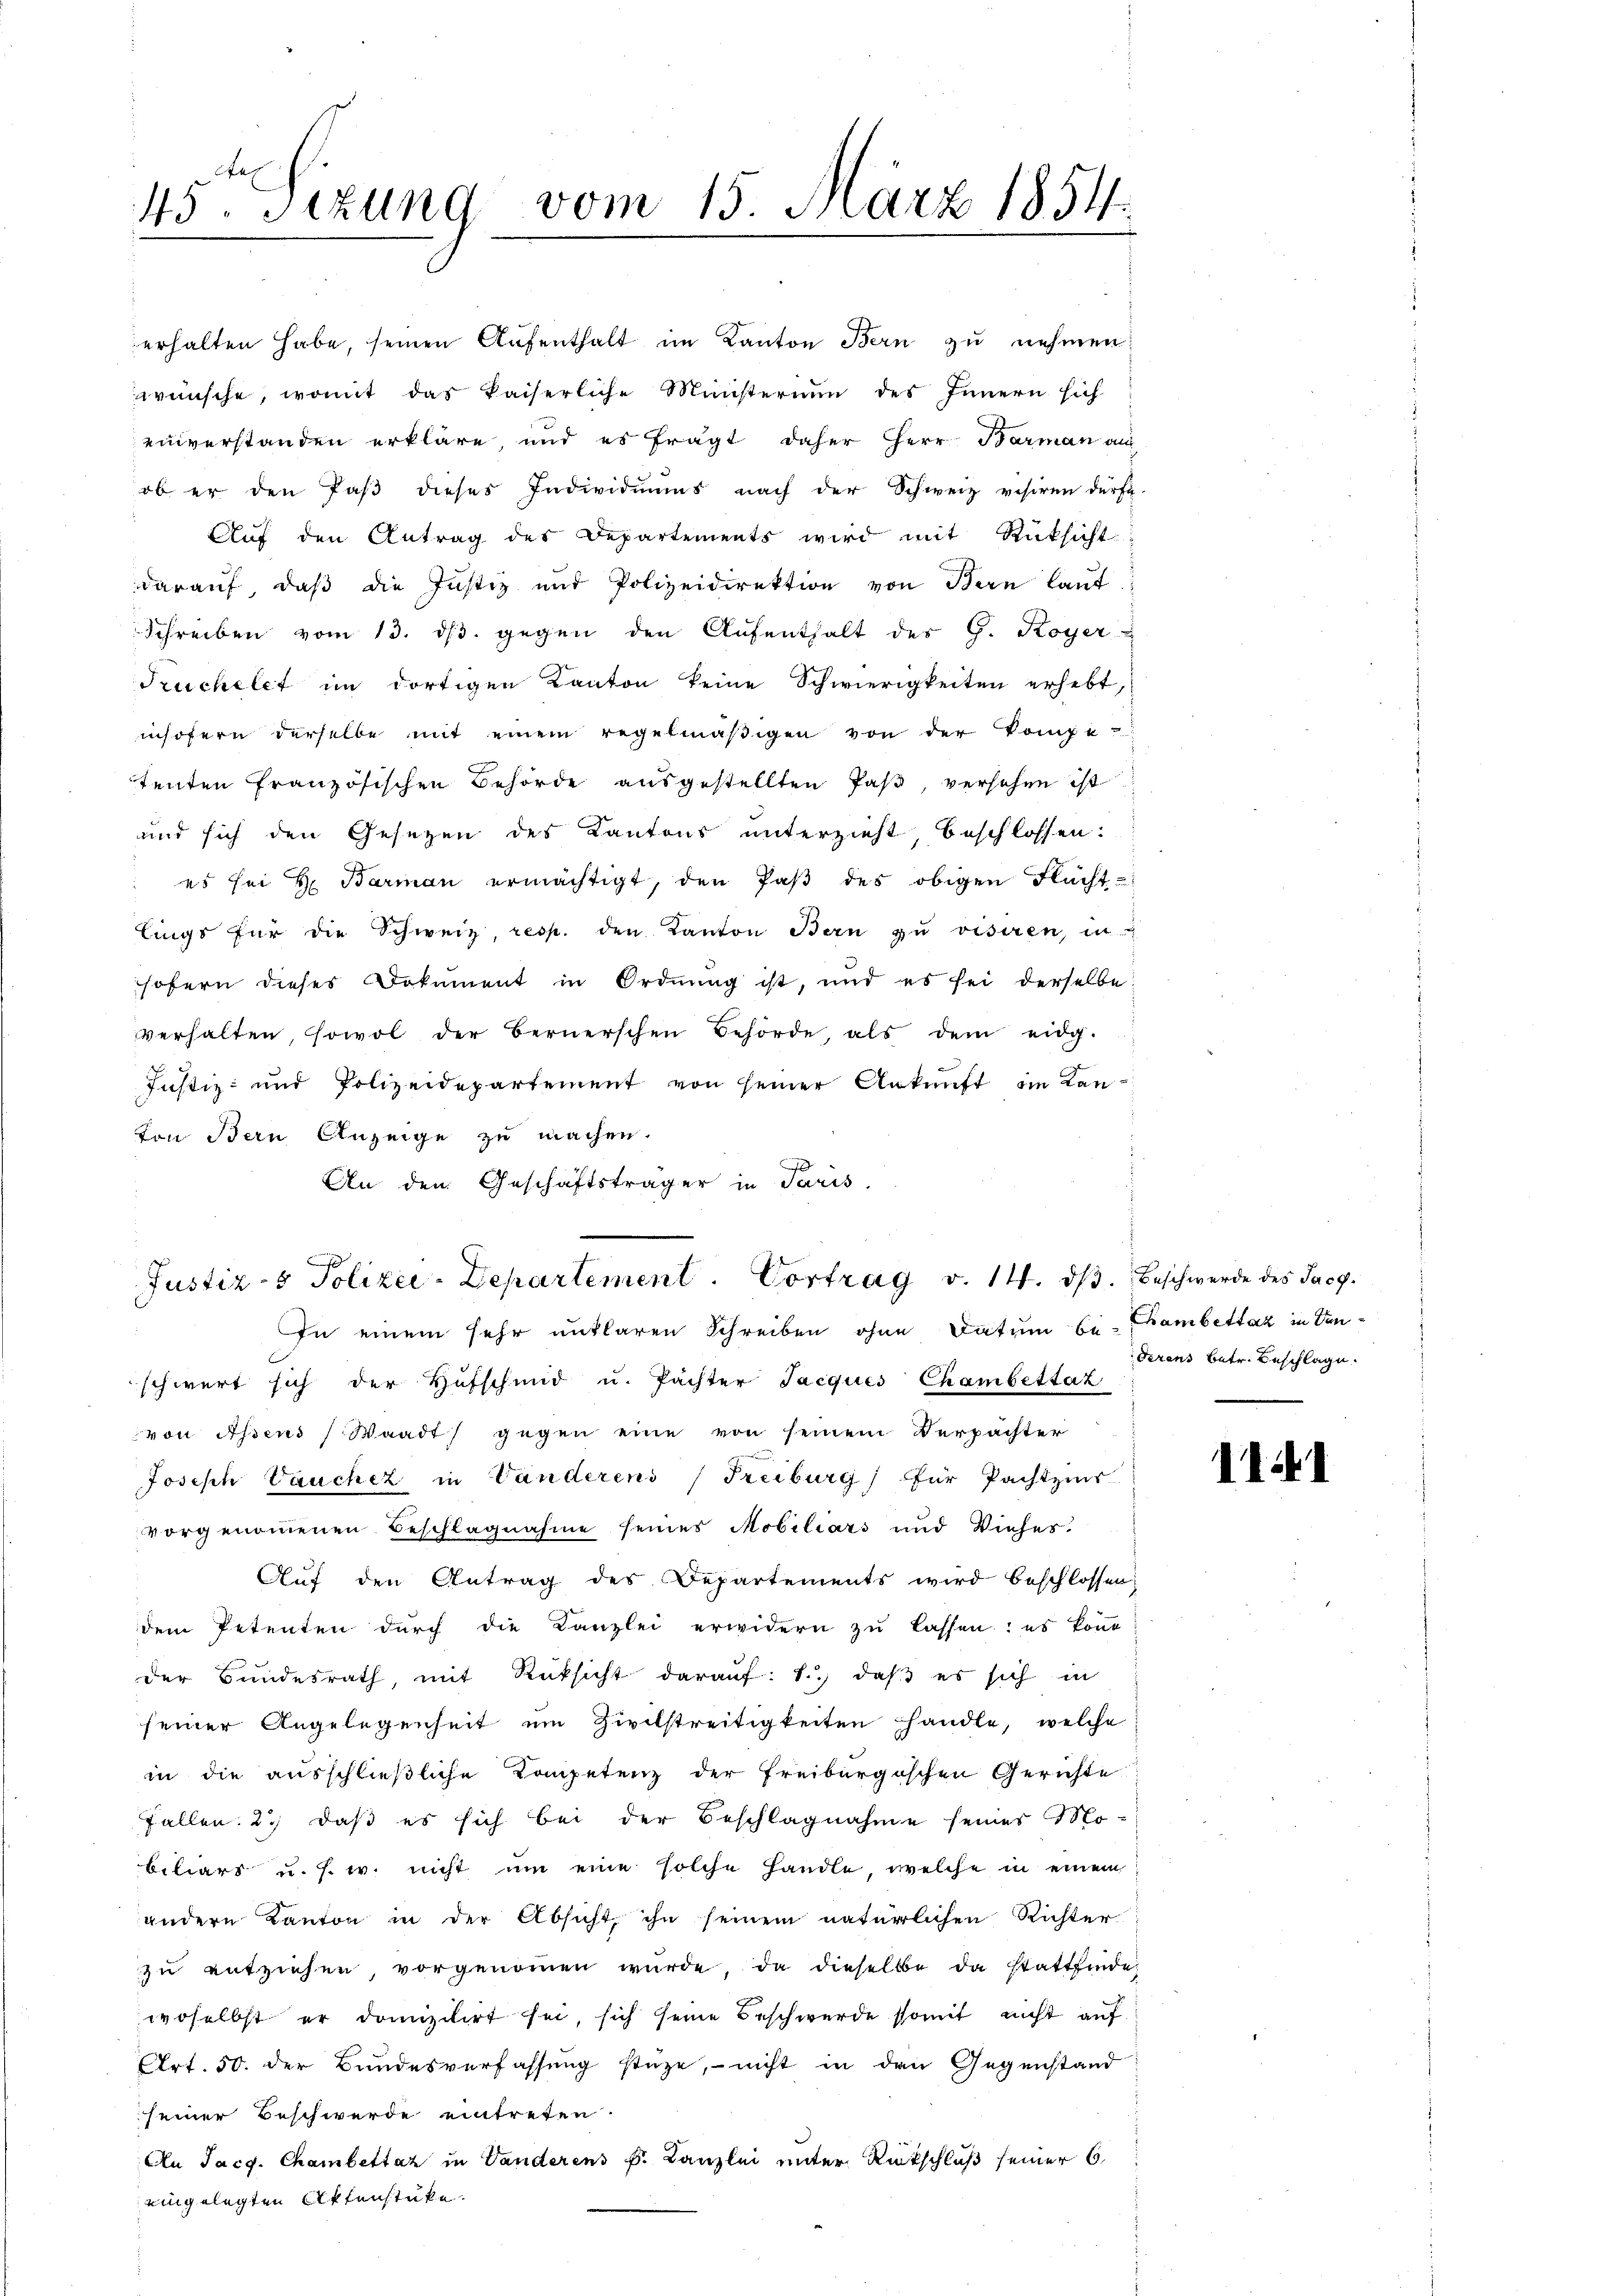
45te Sizung vom 15. März 1854.

wünsche, womit das kaiserliche Münsterium des Innern sich
einverstanden erkläre, und es fragt daher Herr Barman aus
ob er den Paβ dieses Individuums nach der Schweiz visiren dürft
Aŭf den Antrag des Departements wird mit Rücksicht
darauf, daß die Justiz und Polizeidirektion von Bern laŭt
Schreiben vom 13. dβ. gegen den Aŭfenthalt des G. Koyer
Truchelet im dortigen Kanton keine Schwierigkeiten erhebt,
insofern derselbe mit einem regelmäβigen von der kompe-
tenten französischen Behörde ausgestellten Paß, versehen ist
und sich den Gesetzen des Kantons unterzieht, beschlossen:
 es sei H. Barman ermächtigt, den Paβ des obigen Flächt-
lings für die Schweiz, resp. den Kanton Bern zŭ visiren, in
sofern dieses Dokument in Ordnung ist, und es sei derselbe
verhalten, sowol der Bernerschen Behörde, als dem eidg.
Justiz- und Polizeidepartement von seiner Ankunft im Kanvon Bern Anzeige zu machen.
0
An den Geschäftsträger in Paris,

erhalten habe, seinen Aufenthalt im Kanton Bern zu nehmen

Justiz- & Polizei-Departement. Vortrag v. 14. ds. Beschwerde des Jacg.
In einem sehr anklaren Schreiben ohne Datum be- Bambettaz in Ven¬

schwert sich der Hufschmid u. Pächter Jacqués Chambettaz
von Assens (Waadt) gegen eine von seinem Verpächter
Joseph Vaucher in Vanderens (Freiburg für Pachtzins
vorgenommenen Beschlagnahme seines Mobiliars und Viehes.
Auf den Antrag des Departements wird beschlossen,
dem Petenten dŭrch die Kanzlei erwidern zŭ lassen: es könne
der Bundesrath, mit Rüksicht darauf: 1.) daβ es sich in
seiner Angelegenheit um Zivilstreitigkeiten handle, welche
in die ausschließliche Kompetenz der freiburgischen Gerichte
Fallen. 2.) daß es sich bei der Beschlagnahme seines Mo-
biliars u. s. w. nicht um eine solche Handle, welche in einem
andern Kanton in der Absicht, ihn seinem natürlichen Richter
zu entziehen, vorgenommen würde, da dieselbe da stattfinde,
woselbst er domizilirt sei, sich seine Beschwerde somit nicht auf
Art. 50. der Bundesverfassung stüze,- nicht in den Gegenstand
seiner Beschwerde eintreten.
An Jacg. Chambettat in Vanderens k. Kanzlei unter Rückschluß seiner 6
eingelegten Aktenstücke.

derens betr. Beschlage.

II1